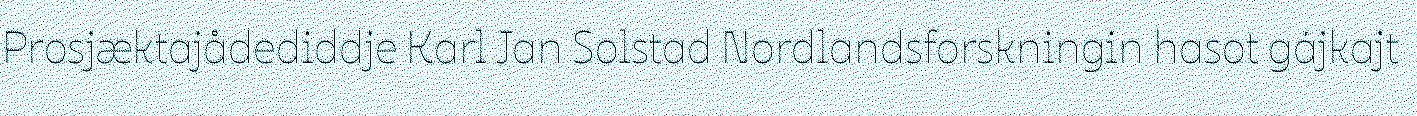
Prosjæktajådediddje Karl Jan Solstad Nordlandsforskningin hasot gájkajt